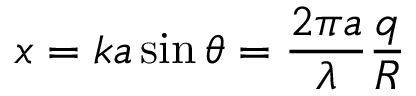
x = k a \sin \theta = { \frac { 2 \pi a } { \lambda } } { \frac { q } { R } }